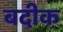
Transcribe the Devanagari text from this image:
बदीक